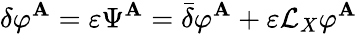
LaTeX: \delta\varphi^{\mathbf{A}}=\varepsilon\Psi^{\mathbf{A}}={\bar{{\delta}}}\varphi^{\mathbf{A}}+\varepsilon{\mathcal{{L}}}_{X}\varphi^{\mathbf{A}}